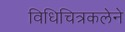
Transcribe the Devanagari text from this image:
विधिचित्रकलेने